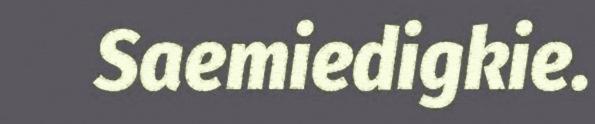
Saemiedigkie.